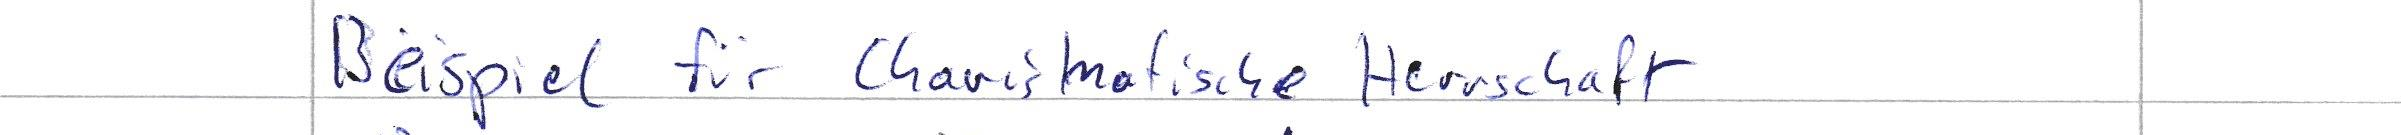
Beispiel für Charismatische Herrschaft